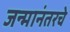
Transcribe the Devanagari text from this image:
जन्मानंतरचे